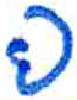
אות: פ